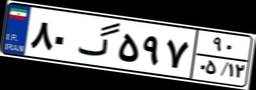
۸۰گ۵۹۷۹۰